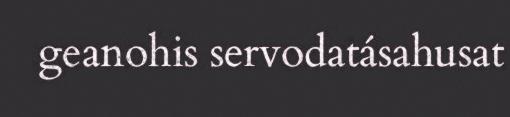
geanohis servodatásahusat